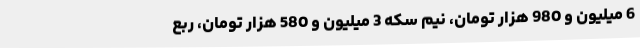
6 میلیون و 980 هزار تومان، نیم سکه 3 میلیون و 580 هزار تومان، ربع